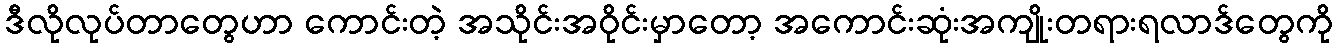
ဒီလိုလုပ်တာတွေဟာ ကောင်းတဲ့ အသိုင်းအဝိုင်းမှာတော့ အကောင်းဆုံးအကျိုးတရားရလာဒ်တွေကို